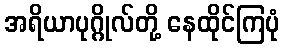
အရိယာပုဂ္ဂိုလ်တို့ နေထိုင်ကြပုံ